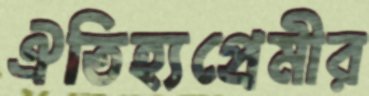
ঐতিহ্যপ্রেমীর